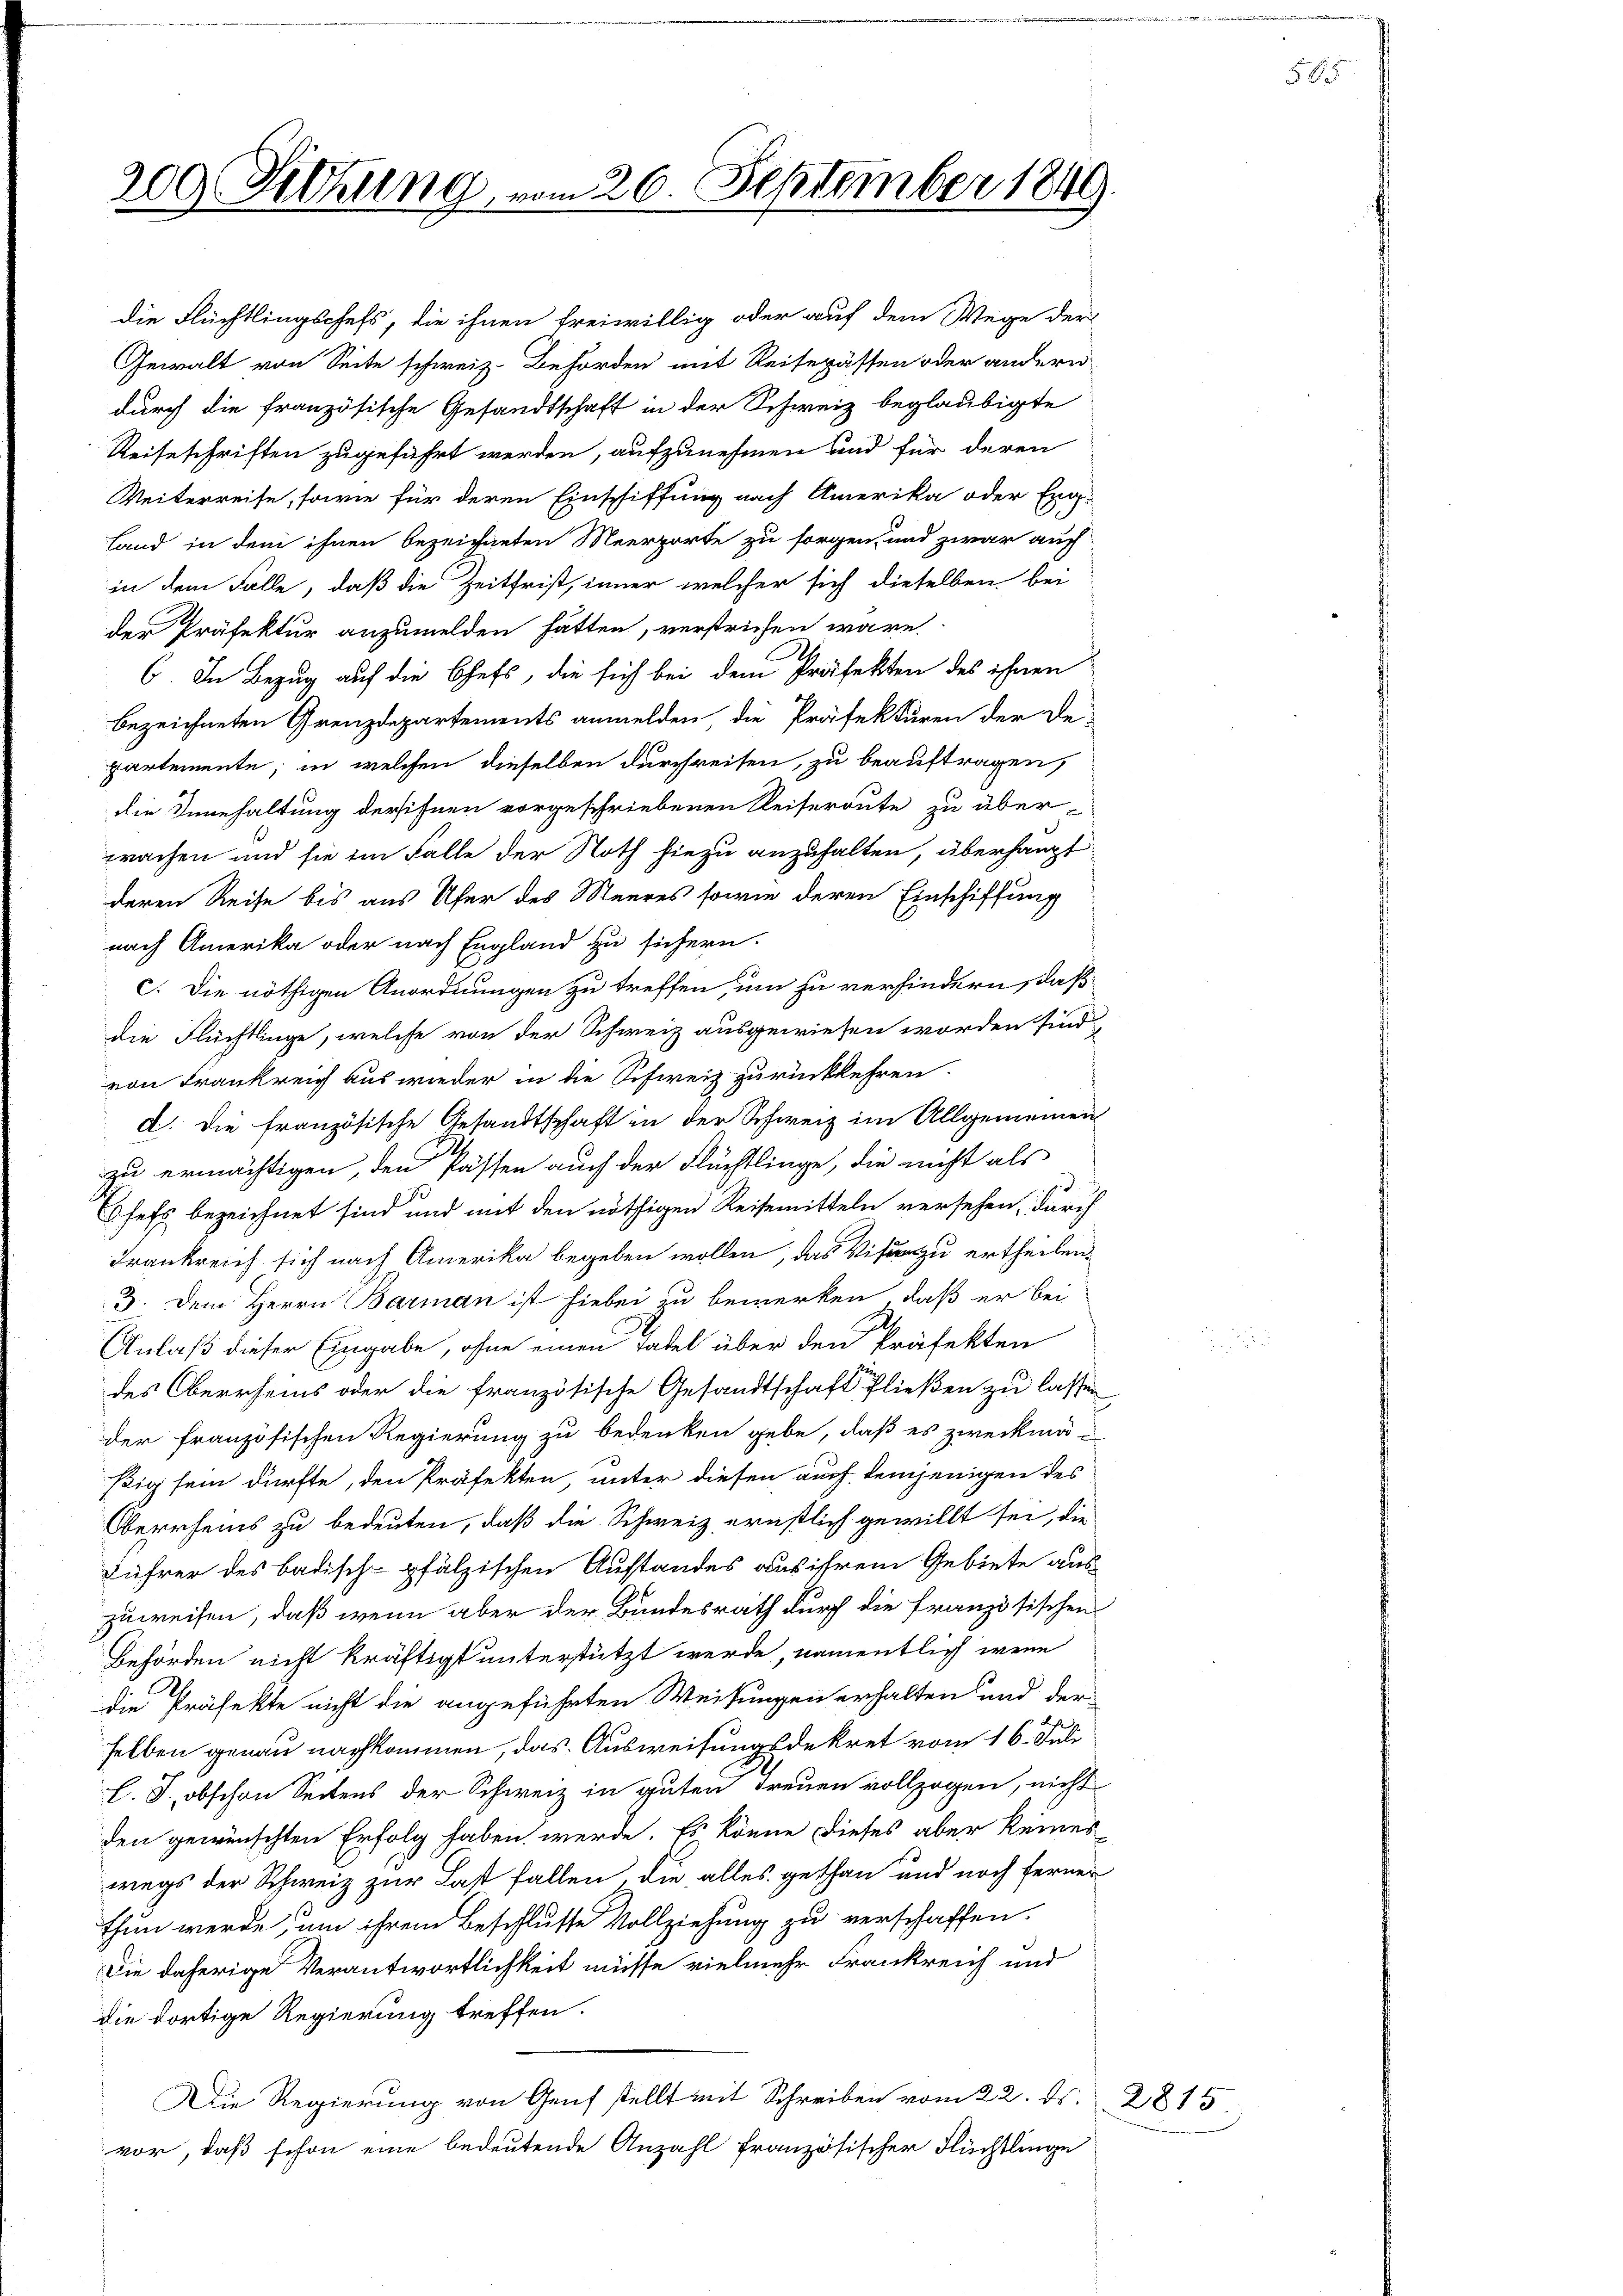
200 (Sitzung vom 26. September 1849.

Die daherige Verantwortlichkeit müsse vielmehr Frankreich und
die dortige Regierung treffen.
Die Regierung von Genf stellt mit Schreiben vom 22. ds. 2815.
vor, daß schon eine bedeutende Anzahl französischer Flüchtlinge

die Flüchtlingschefs, die ihnen freiwillig oder auf dem Wege der
Gewalt von Seite schweiz. Behörden mit Reisepässen oder andern
durch die französische Gesandtschaft in der Schweiz beglaubigte
Reiseschriften zugeführt werden, aufzunehmen und für deren
Weiterreise, sowie für deren Einschiffung nach Amerika oder Eng-
Land in dem ihnen bezeichneten Meerporte zu sorgen, und zwar auch
in dem Falle, daß die Zeitfrist, inner welcher sich dieselben bei
der Präfektur anzumelden hätten, verstrichen wäre.
.
6. In Bezug auf die Chefs, die sich bei dem Präfekten des ihnen
bezeichneten Grenzdepartements anmelden, die Präfekturen der De-
partemente, in welchen dieselben durchreisen, zu beauftragen,
die Innehaltung dersehnen vorgeschriebenen Reiseroute zu über-
prachen und sie im Falle der Noth hiezu anzuhalten, überhaupt
deren Reise bis aus Ufer des Meeres sowie deren Einschiffung
nach Amerika oder nach England zu sichern.
c. Die nöthigen Anordnungen zu treffen, um zu verhindern, daß
die Flüchtlinge, welche von der Schweiz ausgewiesen worden sind
von Frankreich aus wieder in die Schweiz zurückkehren.
d. Die französische Gesandtschaft in der Schweiz im Allgemeinen
zu ermächtigen, den Pässen auch der Flüchtlinge, die nicht als
sefs bezeichnet sind und mit den nöthigen Reisemitteln versehen, durch-
Frankreich sich nach Amerika begeben wollen, das Visur zu ertheilen.
3. Dem Herrn Barman ist hiebei zu bewerken, daß er bei
Anlaß dieser Eingabe, ohne einen Tadel über den Präfekten
des Oberrheins oder die französische Gesandtschaft fließen zu lassen
der französischen Regierung zu bedenken gebe, daß es zweckmäßig sein dürfte, den Präfekten, unter diesen auch demjenigen des
Oberrheins zu bedeuten, daß die Schweiz ernstlich gewillt sei, die
Jahrer des badisch-pfälzischen Austandes aus ihrem Gebiete aus
zuweisen, daß wenn aber der Bundesrath durch die Französischen
Behörden nicht kräftigt unterstützt werde, namentlich wenn
die Präfekte nicht die angeführten Weisungen erhalten und der
selben genau nachkommen, das Ausweisungsdekret vom 16. Juli
l. J., obschon Seitens der Schweiz in guten Treuen vollzogen, nicht
den gewünschten Erfolg haben werde. Es könne dieses aber keines
wegs der Schweiz zur Last fallen. Die alles gethan und noch ferner
thun werde, um ihrem Beschlusse Vollziehung zu verschaffen.

58